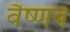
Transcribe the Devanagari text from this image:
वैष्णब